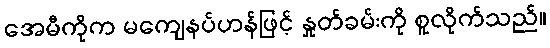
အေမီကိုက မကျေနပ်ဟန်ဖြင့် နှုတ်ခမ်းကို စူလိုက်သည်။